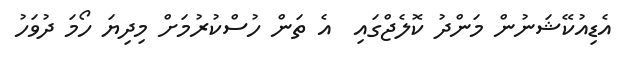
އެޑިއުކޭޝަނުން މަންދު ކޮލެޖްގައި  އެ ތަން ހުސްކުރުމަށް މިދިޔަ ހޯމަ ދުވަހު